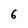
Character: 6